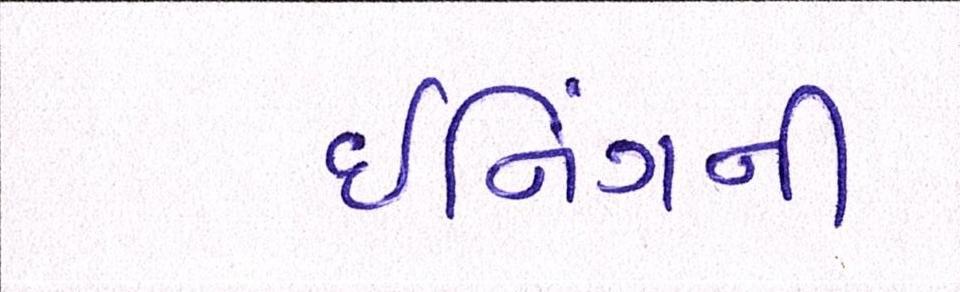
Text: ઈનિંગની